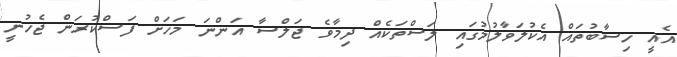
އެއީ ހިސާބުތައް އެކުލަވާލުމުގައި ލަސްތަކެއް ދިމާވެ ޖަލްސާ އަންނަ މަހަށް ފަސްކުރަން ޖެހުނީ